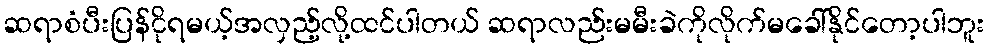
ဆရာစံပီးပြန်ငိုရမယ့်အလှည့်လို့ထင်ပါတယ် ဆရာလည်းမမီးခဲကိုလိုက်မခေါ်နိုင်တော့ပါဘူး